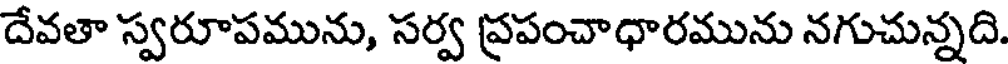
దేవతా స్వరూపమును, సర్వ ప్రపంచాధారమును నగుచున్నది.